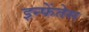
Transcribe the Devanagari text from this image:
इन्फेंतेस